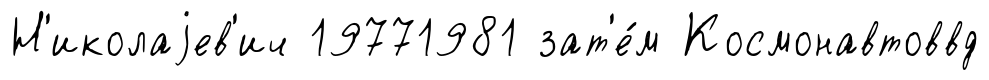
Н'иколаjев'ич 19771981 зат'е́м Космонавтоввд